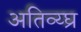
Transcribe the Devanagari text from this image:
अतिव्य्घ्र